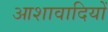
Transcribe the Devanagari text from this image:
आशावादियों